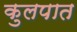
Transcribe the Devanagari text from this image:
कुलपात